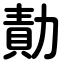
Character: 勣